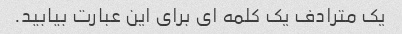
یک مترادف یک کلمه ای برای این عبارت بیابید.